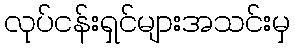
လုပ်ငန်းရှင်များအသင်းမှ